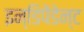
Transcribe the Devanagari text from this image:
इन्डिपेंडेन्ट